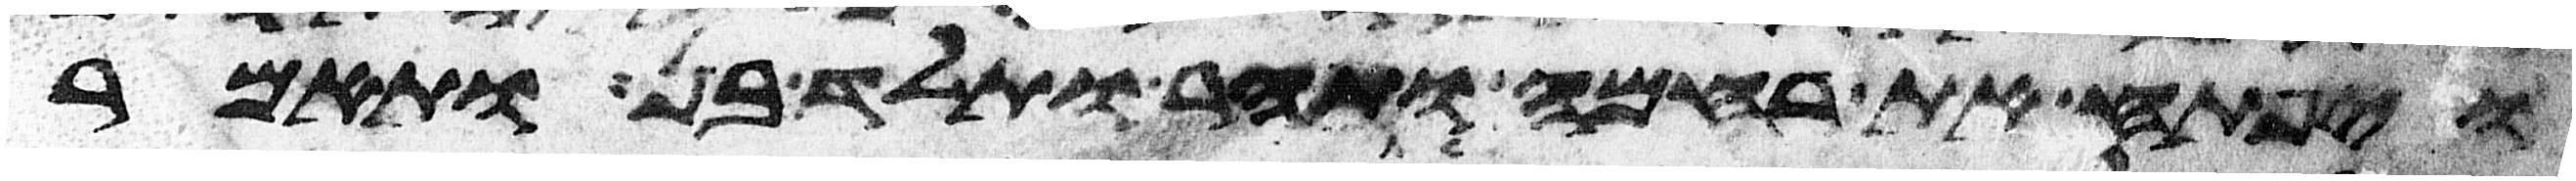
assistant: ויפתח את רחמה ותהר ותלד בן ותאמר